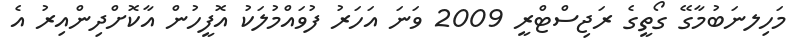
މަހިލނަބުމާގޭ ގޯތީގެ ރަޖިސްޓްރީ 2009 ވަނަ އަހަރު ފުވައްމުލަކު އޮފީހުން އާކޮށްދިންއިރު އެ